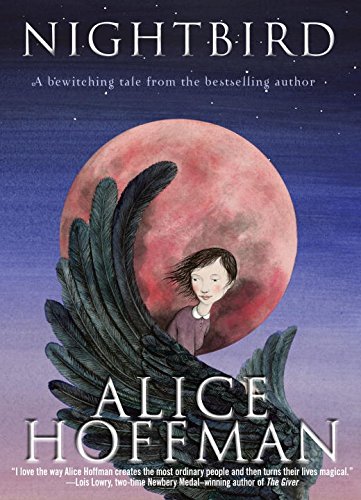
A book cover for Nightbird; Alice Hoffman; Children's Books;